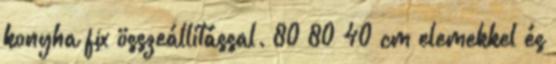
konyha fix összeállítással. 80 80 40 cm elemekkel és